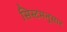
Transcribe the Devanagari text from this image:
सिस्टमनुसार